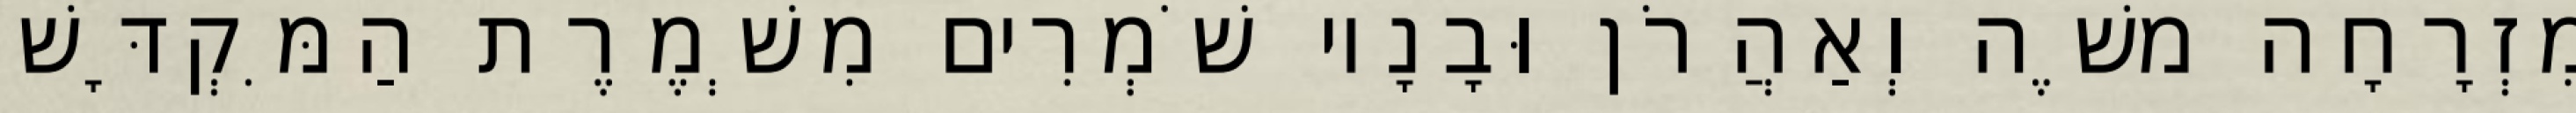
מִזְרָחָה משֶׁה וְאַהֲרֹן וּבָנָיו שֹׁמְרִים מִשְׁמֶרֶת הַמִּקְדָּשׁ